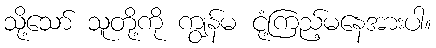
သို့သော် သူတို့ကို ကျွန်မ ငုံ့ကြည့်မနေအားပါ။